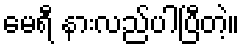
မေရီ နားလည်ပါပြီတဲ့။